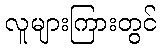
လူများကြားတွင်